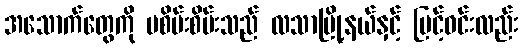
အသောက်တွေကို မစိမ်းစိမ်းသည် လသာမြို့နယ်နှင့် မြင့်ဝင်းလည်း